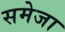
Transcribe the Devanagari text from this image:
समेजा